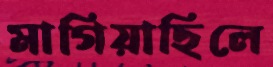
মাগিয়াছিলে